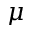
\mu